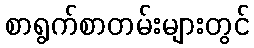
စာရွက်စာတမ်းများတွင်